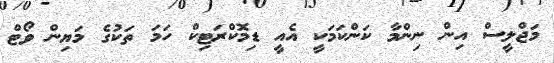
މަޖްލީސް އިން ނިންމާ ކަންކަމަކީ އެއީ ޑިމޮކްރަޓިކް ހަމަ ތަކުގެ މަޔިން ވޯޓް